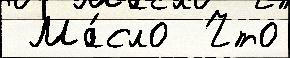
 Ма́сло  Что